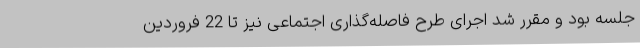
جلسه بود و مقرر شد اجرای طرح فاصله‌گذاری اجتماعی نیز تا 22 فروردین